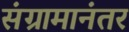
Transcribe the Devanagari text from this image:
संग्रामानंतर